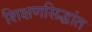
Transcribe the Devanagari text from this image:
शिक्षणसिद्धांत